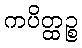
ကပိတ္ထဉ္စ